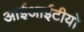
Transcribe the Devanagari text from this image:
आईआईटीयो